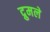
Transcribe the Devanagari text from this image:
द्रुमले